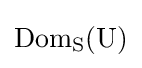
{\rm {{Dom}_{S}(U)}}